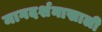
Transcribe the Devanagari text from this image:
मागदर्शनाखाली